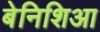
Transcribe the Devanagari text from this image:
बेनिशिआ